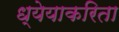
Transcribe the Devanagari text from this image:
ध्येयाकरिता